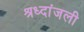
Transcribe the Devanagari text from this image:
श्रध्दांजली